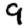
Digit: 9